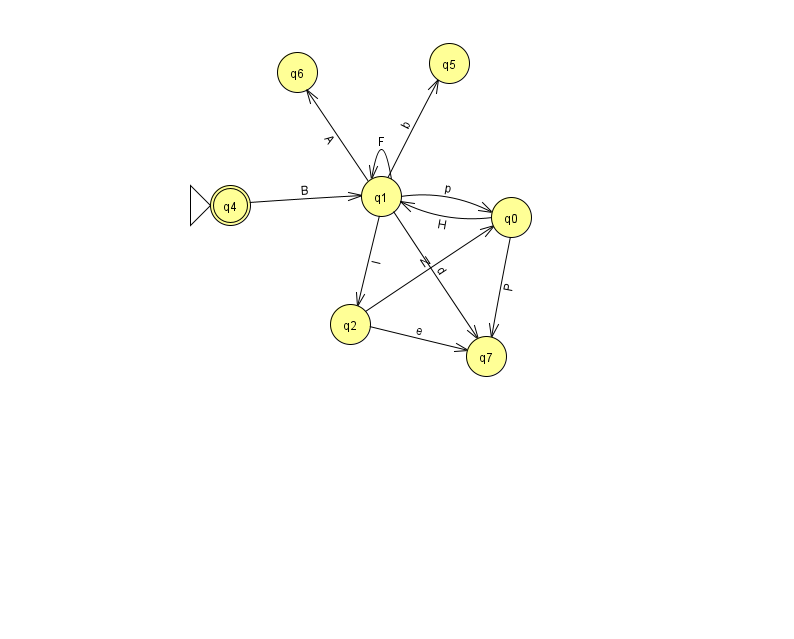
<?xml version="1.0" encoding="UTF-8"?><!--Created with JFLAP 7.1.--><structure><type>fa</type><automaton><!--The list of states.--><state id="0" name="q0"><x>511.0</x><y>204.0</y></state><state id="1" name="q1"><x>381.0</x><y>183.0</y></state><state id="2" name="q2"><x>350.0</x><y>311.0</y></state><state id="4" name="q4"><x>230.0</x><y>192.0</y><initial/><final/></state><state id="5" name="q5"><x>449.0</x><y>50.0</y></state><state id="6" name="q6"><x>297.0</x><y>59.0</y></state><state id="7" name="q7"><x>486.0</x><y>343.0</y></state><!--The list of transitions.--><transition><from>1</from><to>2</to><read>I</read></transition><transition><from>0</from><to>1</to><read>H</read></transition><transition><from>4</from><to>1</to><read>B</read></transition><transition><from>1</from><to>7</to><read>d</read></transition><transition><from>1</from><to>1</to><read>F</read></transition><transition><from>1</from><to>6</to><read>A</read></transition><transition><from>0</from><to>7</to><read>P</read></transition><transition><from>1</from><to>0</to><read>p</read></transition><transition><from>2</from><to>0</to><read>N</read></transition><transition><from>2</from><to>7</to><read>e</read></transition><transition><from>1</from><to>5</to><read>b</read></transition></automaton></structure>